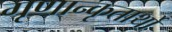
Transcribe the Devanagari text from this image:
गृणान्कृतार्थो